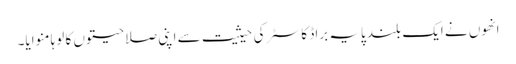
انھوں نے ایک بلند پایہ براڈ کاسٹر کی حیثیت سے اپنی صلاحیتوں کا لوہا منوایا۔